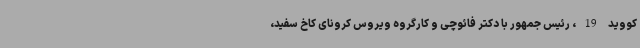
کووید 19، رئیس جمهور با دکتر فائوچی و کارگروه ویروس کرونای کاخ سفید،